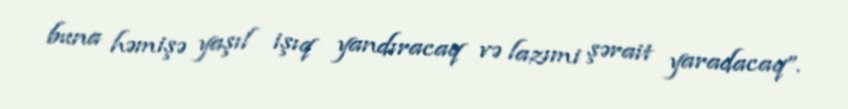
buna həmişə yaşıl işıq yandıracaq və lazımi şərait yaradacaq”.